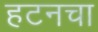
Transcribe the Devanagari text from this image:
हटनचा